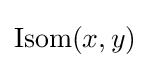
\operatorname {Isom} (x,y)